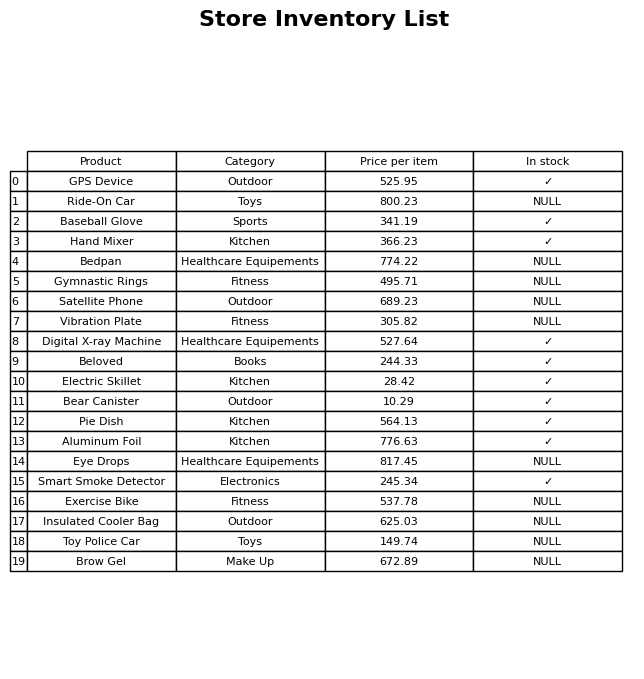
question: What is the price for Toy Police Car?
answer: The price of Toy Police Car is 149.74.